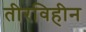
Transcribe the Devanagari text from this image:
तीरविहीन